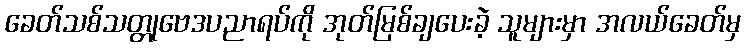
ခေတ်သစ်သတ္တုဗေဒပညာရပ်ကို အုတ်မြစ်ချပေးခဲ့ သူများမှာ အလယ်ခေတ်မှ